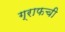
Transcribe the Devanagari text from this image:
ग्राफची